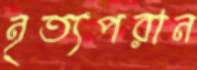
নৃত্যপরান